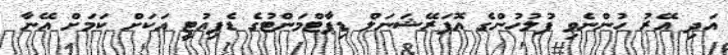
އަދި އޭރު ހުންނެވި ފުލުހުންގެ އޮޕަރޭޝަނަލް ޑިޕާޓްމަންޓުގެ ޑެޕިއުޓީ އަކަށް ކަމަށް އޭނާ